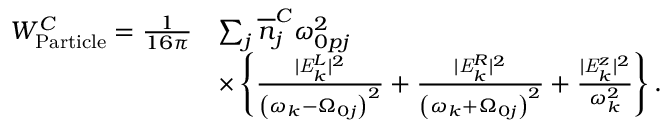
\begin{array} { r l } { W _ { \mathrm { P a r t i c l e } } ^ { C } = \frac { 1 } { 1 6 \pi } } & { \sum _ { j } \overline { n } _ { j } ^ { C } \omega _ { 0 p j } ^ { 2 } } \\ & { \times \left\{ \frac { | \mathit { { E } } _ { k } ^ { L } | ^ { 2 } } { \left( \omega _ { k } - \Omega _ { 0 j } \right) ^ { 2 } } + \frac { | \mathit { { E } } _ { k } ^ { R } | ^ { 2 } } { \left( \omega _ { k } + \Omega _ { 0 j } \right) ^ { 2 } } + \frac { | \mathit { { E } } _ { k } ^ { z } | ^ { 2 } } { \omega _ { k } ^ { 2 } } \right\} . } \end{array}